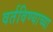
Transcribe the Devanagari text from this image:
वर्तविण्याच्या